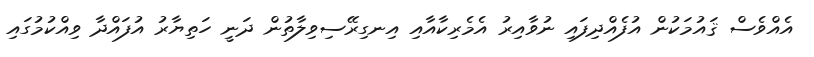
އެއްވެސް ޤައުމަކުން އުފެއްދިފައި ނުވާއިރު އެމެރިކާއާއި އިނގިރޭސިވިލާތުން ދަނީ ހަތިޔާރު އުފައްދާ ވިއްކުމުގައި